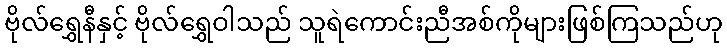
ဗိုလ်ရွှေနီနှင့် ဗိုလ်ရွှေဝါသည် သူရဲကောင်းညီအစ်ကိုများဖြစ်ကြသည်ဟု